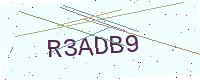
Text: R3ADB9